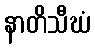
နာတိသီဃံ